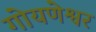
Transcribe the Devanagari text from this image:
गोयणेश्वर